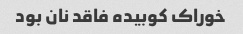
خوراک کوبیده فاقد نان بود